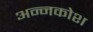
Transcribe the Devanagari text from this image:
अन्‍नकोश